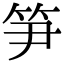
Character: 笋